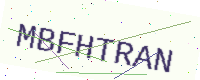
Text: MBFHTRAN